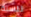
للسنة